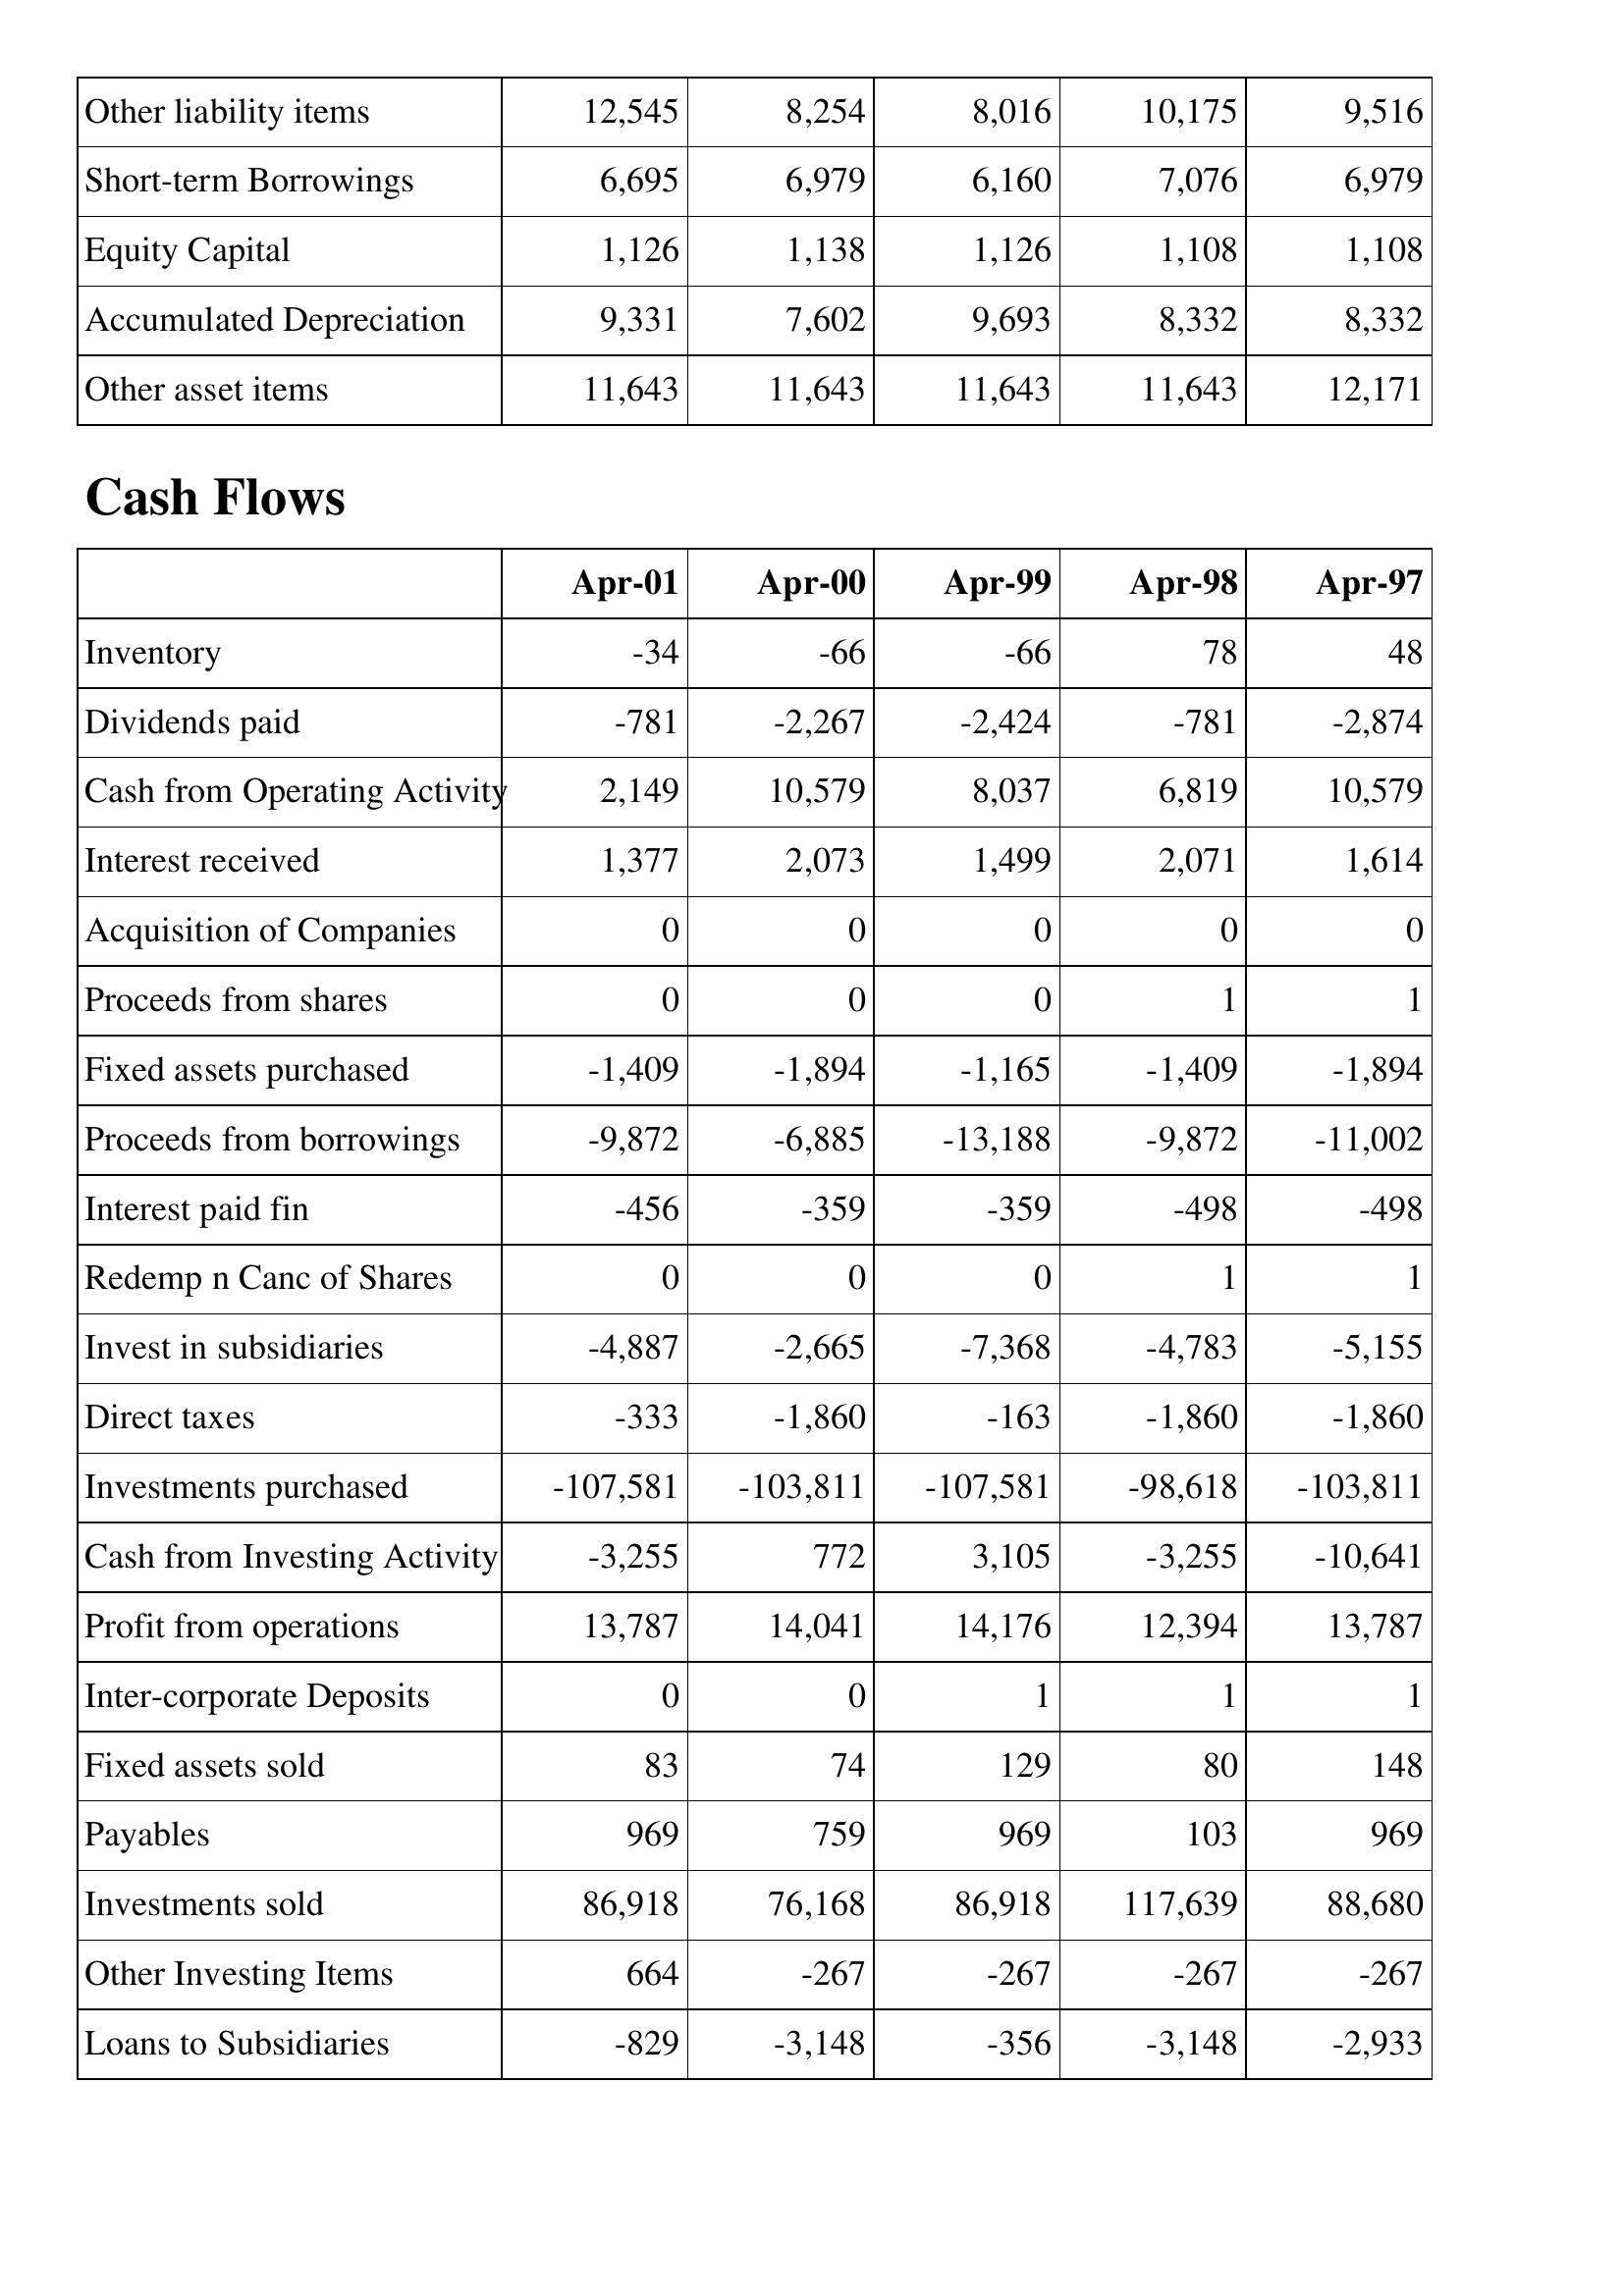
Apr-01: Balance Sheet: Other liability items: 12,545
Short-term Borrowings: 6,695
Equity Capital: 1,126
Accumulated Depreciation: 9,331
Other asset items: 11,643
Cash Flows: Inventory: -34
Dividends paid: -781
Cash from Operating Activity: 2,149
Interest received: 1,377
Acquisition of Companies: 0
Proceeds from shares: 0
Fixed assets purchased: -1,409
Proceeds from borrowings: -9,872
Interest paid fin: -456
Redemp n Canc of Shares: 0
Invest in subsidiaries: -4,887
Direct taxes: -333
Investments purchased: -107,581
Cash from Investing Activity: -3,255
Profit from operations: 13,787
Inter-corporate Deposits: 0
Fixed assets sold: 83
Payables: 969
Investments sold: 86,918
Other Investing Items: 664
Loans to Subsidiaries: -829
Apr-00: Balance Sheet: Other liability items: 8,254
Short-term Borrowings: 6,979
Equity Capital: 1,138
Accumulated Depreciation: 7,602
Other asset items: 11,643
Cash Flows: Inventory: -66
Dividends paid: -2,267
Cash from Operating Activity: 10,579
Interest received: 2,073
Acquisition of Companies: 0
Proceeds from shares: 0
Fixed assets purchased: -1,894
Proceeds from borrowings: -6,885
Interest paid fin: -359
Redemp n Canc of Shares: 0
Invest in subsidiaries: -2,665
Direct taxes: -1,860
Investments purchased: -103,811
Cash from Investing Activity: 772
Profit from operations: 14,041
Inter-corporate Deposits: 0
Fixed assets sold: 74
Payables: 759
Investments sold: 76,168
Other Investing Items: -267
Loans to Subsidiaries: -3,148
Apr-99: Balance Sheet: Other liability items: 8,016
Short-term Borrowings: 6,160
Equity Capital: 1,126
Accumulated Depreciation: 9,693
Other asset items: 11,643
Cash Flows: Inventory: -66
Dividends paid: -2,424
Cash from Operating Activity: 8,037
Interest received: 1,499
Acquisition of Companies: 0
Proceeds from shares: 0
Fixed assets purchased: -1,165
Proceeds from borrowings: -13,188
Interest paid fin: -359
Redemp n Canc of Shares: 0
Invest in subsidiaries: -7,368
Direct taxes: -163
Investments purchased: -107,581
Cash from Investing Activity: 3,105
Profit from operations: 14,176
Inter-corporate Deposits: 1
Fixed assets sold: 129
Payables: 969
Investments sold: 86,918
Other Investing Items: -267
Loans to Subsidiaries: -356
Apr-98: Balance Sheet: Other liability items: 10,175
Short-term Borrowings: 7,076
Equity Capital: 1,108
Accumulated Depreciation: 8,332
Other asset items: 11,643
Cash Flows: Inventory: 78
Dividends paid: -781
Cash from Operating Activity: 6,819
Interest received: 2,071
Acquisition of Companies: 0
Proceeds from shares: 1
Fixed assets purchased: -1,409
Proceeds from borrowings: -9,872
Interest paid fin: -498
Redemp n Canc of Shares: 1
Invest in subsidiaries: -4,783
Direct taxes: -1,860
Investments purchased: -98,618
Cash from Investing Activity: -3,255
Profit from operations: 12,394
Inter-corporate Deposits: 1
Fixed assets sold: 80
Payables: 103
Investments sold: 117,639
Other Investing Items: -267
Loans to Subsidiaries: -3,148
Apr-97: Balance Sheet: Other liability items: 9,516
Short-term Borrowings: 6,979
Equity Capital: 1,108
Accumulated Depreciation: 8,332
Other asset items: 12,171
Cash Flows: Inventory: 48
Dividends paid: -2,874
Cash from Operating Activity: 10,579
Interest received: 1,614
Acquisition of Companies: 0
Proceeds from shares: 1
Fixed assets purchased: -1,894
Proceeds from borrowings: -11,002
Interest paid fin: -498
Redemp n Canc of Shares: 1
Invest in subsidiaries: -5,155
Direct taxes: -1,860
Investments purchased: -103,811
Cash from Investing Activity: -10,641
Profit from operations: 13,787
Inter-corporate Deposits: 1
Fixed assets sold: 148
Payables: 969
Investments sold: 88,680
Other Investing Items: -267
Loans to Subsidiaries: -2,933